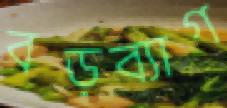
বড়ব্যাগ